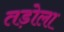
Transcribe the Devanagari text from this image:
तड़ोला